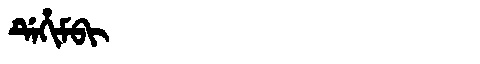
Manchu: ᡩᡝᡥᡳᠮᠪᡳ
Romanization: DEHIMBI